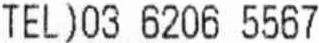
TEL)03 6206 5567